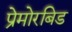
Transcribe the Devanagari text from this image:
प्रेमोरबिड